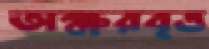
অক্ষরবৃত্ত